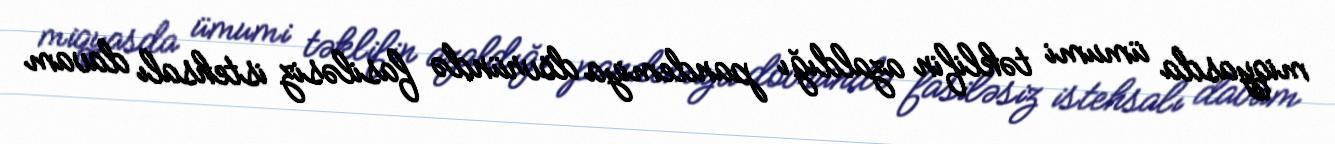
miqyasda ümumi təklifin azaldığı pandemiya dövründə fasiləsiz istehsalı davam